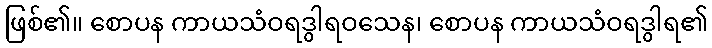
ဖြစ်၏။ စောပန ကာယသံဝရဒွါရဝသေန၊ စောပန ကာယသံဝရဒွါရ၏